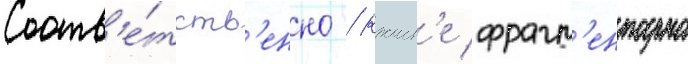
Соотв'е́тств'енно / краин'е фрагм'ентарно